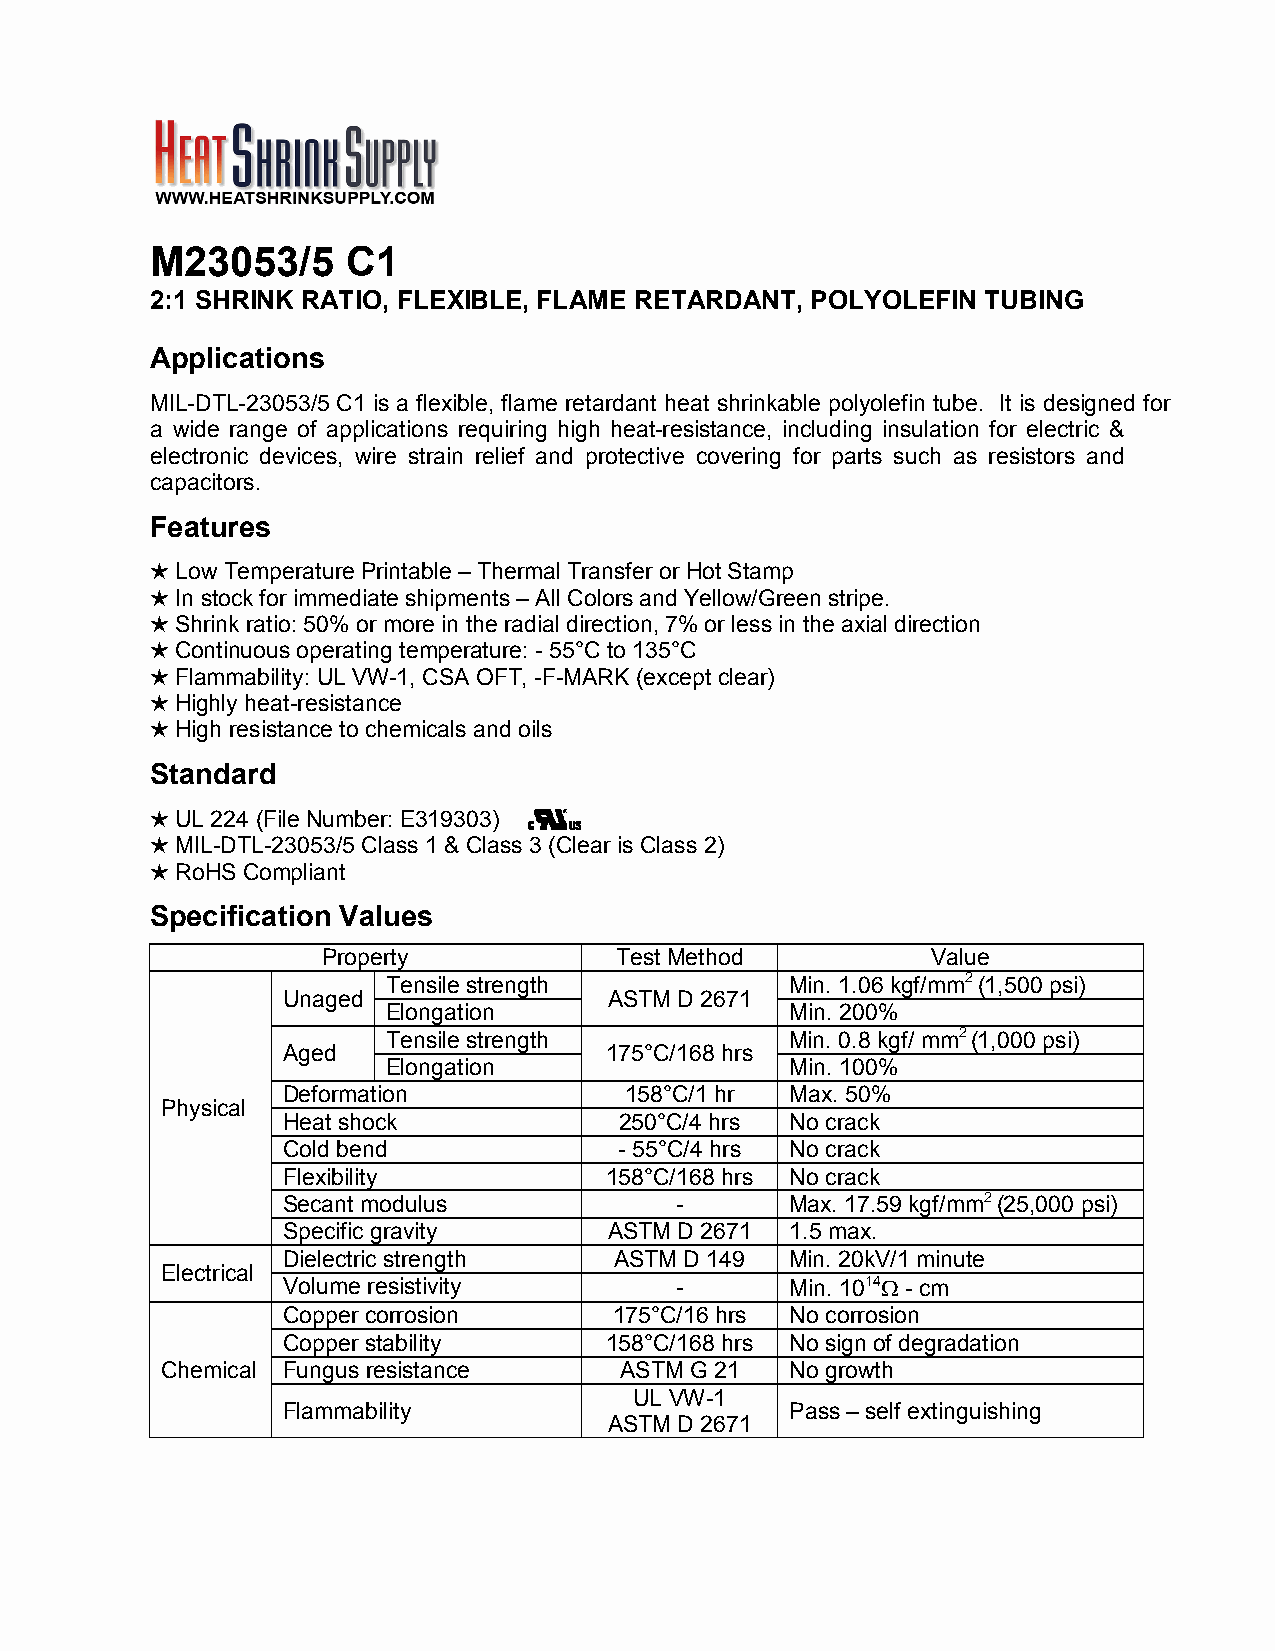
M23053/5     C1
 2:1 SHRINK RATIO, FLEXIBLE, FLAME RETARDANT, POLYOLEFIN TUBING
 Applications
 MIL-DTL-23053/5 C1 is a flexible, flame retardant heat shrinkable polyolefin tube. It is designed for
 a wide range of applications requiring high heat-resistance, including insulation for electric &
 electronic devices, wire strain relief and protective covering for parts such as resistors and
 capacitors.
 Features
  Low Temperature Printable– Thermal Transferor HotStamp
  In stockfor immediate shipments–All Colorsand Yellow/Greenstripe.
  Shrink ratio:50%or morein theradial direction,7%or lessin theaxial direction
  Continuousoperatingtemperature: - 55°C to 135°C
  Flammability: UL VW-1, CSA OFT, -F-MARK (exceptclear)
  Highly heat-resistance
  High resistanceto chemicals andoils
 Standard
  UL224 (FileNumber:E319303)
  MIL-DTL-23053/5 Class1& Class 3(Clear is Class 2)
  RoHS Compliant
 Specification Values
 Property            Test Method          Value
 Tensilestrength           Min. 1.06 kgf/mm2(1,500psi)
 Unaged               ASTMD 2671
 Elongation                Min. 200%
 Tensilestrength           Min. 0.8 kgf/mm2(1,000psi)
 Aged                 175°C/168hrs
 Elongation                Min. 100%
 Deformation           158°C/1hr  Max. 50%
 Physical
 Heatshock             250°C/4hrs No crack
 Coldbend              - 55°C/4hrs No crack
 Flexibility          158°C/168hrs No crack
 Secantmodulus             -      Max. 17.59kgf/mm2(25,000 psi)
 Specific gravity     ASTMD 2671  1.5max.
 Dielectric strength   ASTMD 149  Min. 20kV/1 minute
 Electrical
 Volume resistivity        -      Min. 1014 - cm
 Copper corrosion      175°C/16hrs No corrosion
 Copper stability     158°C/168hrs No sign of degradation
 Chemical Fungus resistance    ASTMG 21   No growth
 UL VW-1
 Flammability                     Pass– self extinguishing
 ASTMD 2671